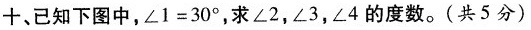
十、已知下图中，$$\angle 1=30\Omega